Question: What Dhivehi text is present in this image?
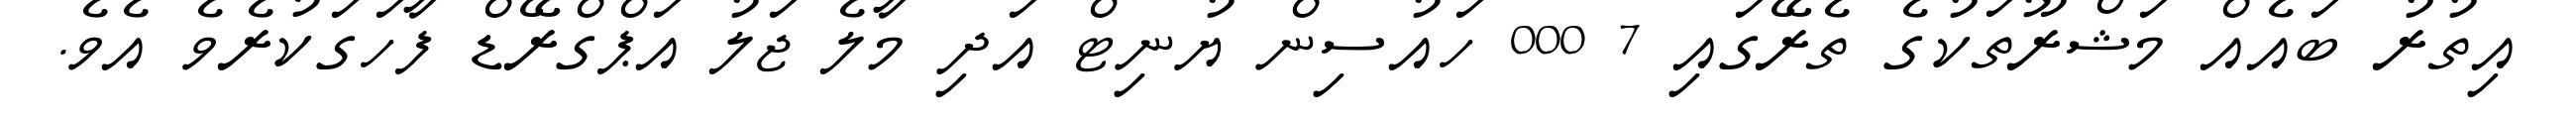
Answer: އިތުރު ބައެއް މަޝްރޫތަކުގެ ތެރޭގައި 7 000 ހައުސިން ޔުނިޓް އަދި މާލެ ޖަލު އަޕްގްރޭޑް ފާހަގަކުރެވެ އެވެ.